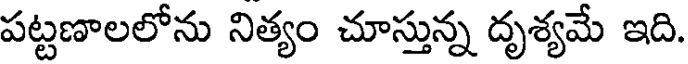
పట్టణాలలోను నిత్యం చూస్తున్న దృశ్యమే ఇది.